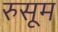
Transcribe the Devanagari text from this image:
रुसूम